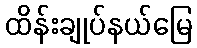
ထိန်းချုပ်နယ်မြေ